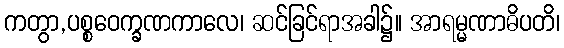
ကတွာ,ပစ္စဝေက္ခဏကာလေ၊ ဆင်ခြင်ရာအခါ၌။ အာရမ္မဏာဓိပတိ၊